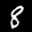
Label: 8